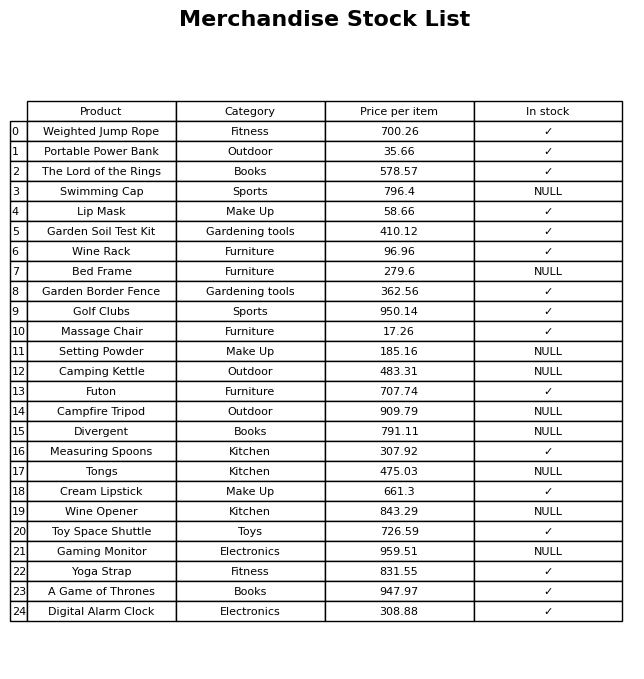
question: What is the price of the Camping Kettle?
answer: The price of Camping Kettle is 483.31.